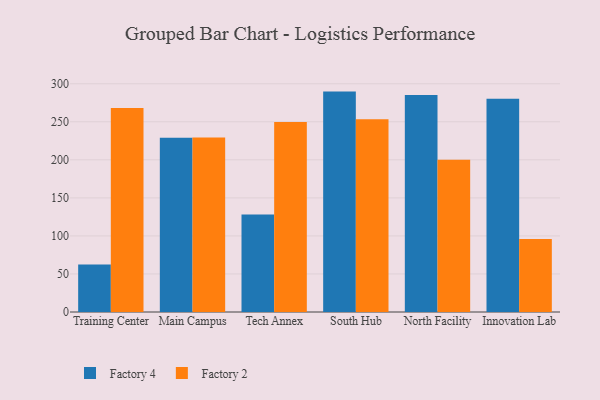
{"axis": {"x": "Campus", "y": "Temperature (°C)"}, "legend": ["Factory 2", "Factory 4"], "data": [{"x": "Training Center", "y": 62.5, "type": "Factory 4"}, {"x": "Training Center", "y": 268.1, "type": "Factory 2"}, {"x": "Main Campus", "y": 229.2, "type": "Factory 4"}, {"x": "Main Campus", "y": 229.4, "type": "Factory 2"}, {"x": "Tech Annex", "y": 128.3, "type": "Factory 4"}, {"x": "Tech Annex", "y": 249.8, "type": "Factory 2"}, {"x": "South Hub", "y": 289.7, "type": "Factory 4"}, {"x": "South Hub", "y": 253.4, "type": "Factory 2"}, {"x": "North Facility", "y": 285.3, "type": "Factory 4"}, {"x": "North Facility", "y": 200.0, "type": "Factory 2"}, {"x": "Innovation Lab", "y": 280.3, "type": "Factory 4"}, {"x": "Innovation Lab", "y": 96.0, "type": "Factory 2"}]}